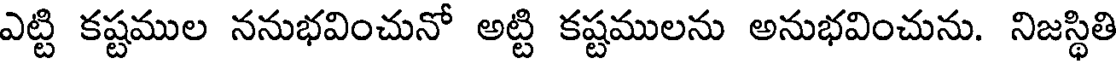
ఎట్టి కష్టముల ననుభవించునో అట్టి కష్టములను అనుభవించును. నిజస్థితి